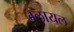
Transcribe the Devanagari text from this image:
ग्लायल